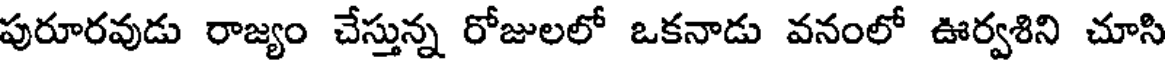
పురూరవుడు రాజ్యం చేస్తున్న రోజులలో ఒకనాడు వనంలో ఊర్వశిని చూసి